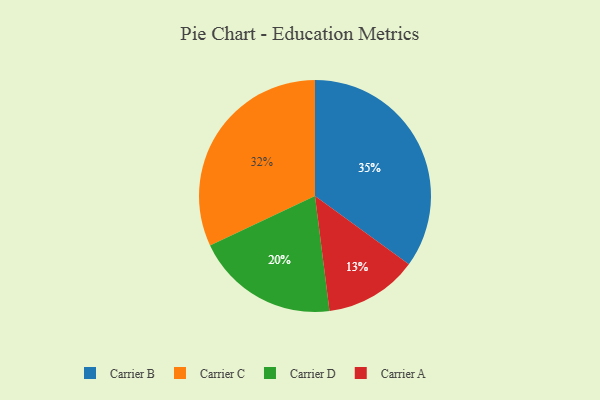
{"axis": {"x": "Category", "y": "Percentage"}, "legend": ["Carrier A", "Carrier B", "Carrier C", "Carrier D"], "data": [{"x": "Carrier B", "y": 35, "type": "Carrier B"}, {"x": "Carrier D", "y": 20, "type": "Carrier D"}, {"x": "Carrier C", "y": 32, "type": "Carrier C"}, {"x": "Carrier A", "y": 13, "type": "Carrier A"}]}